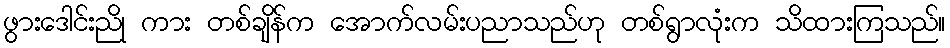
ဖွားဒေါင်းညို ကား တစ်ချိန်က အောက်လမ်းပညာသည်ဟု တစ်ရွာလုံးက သိထားကြသည်။